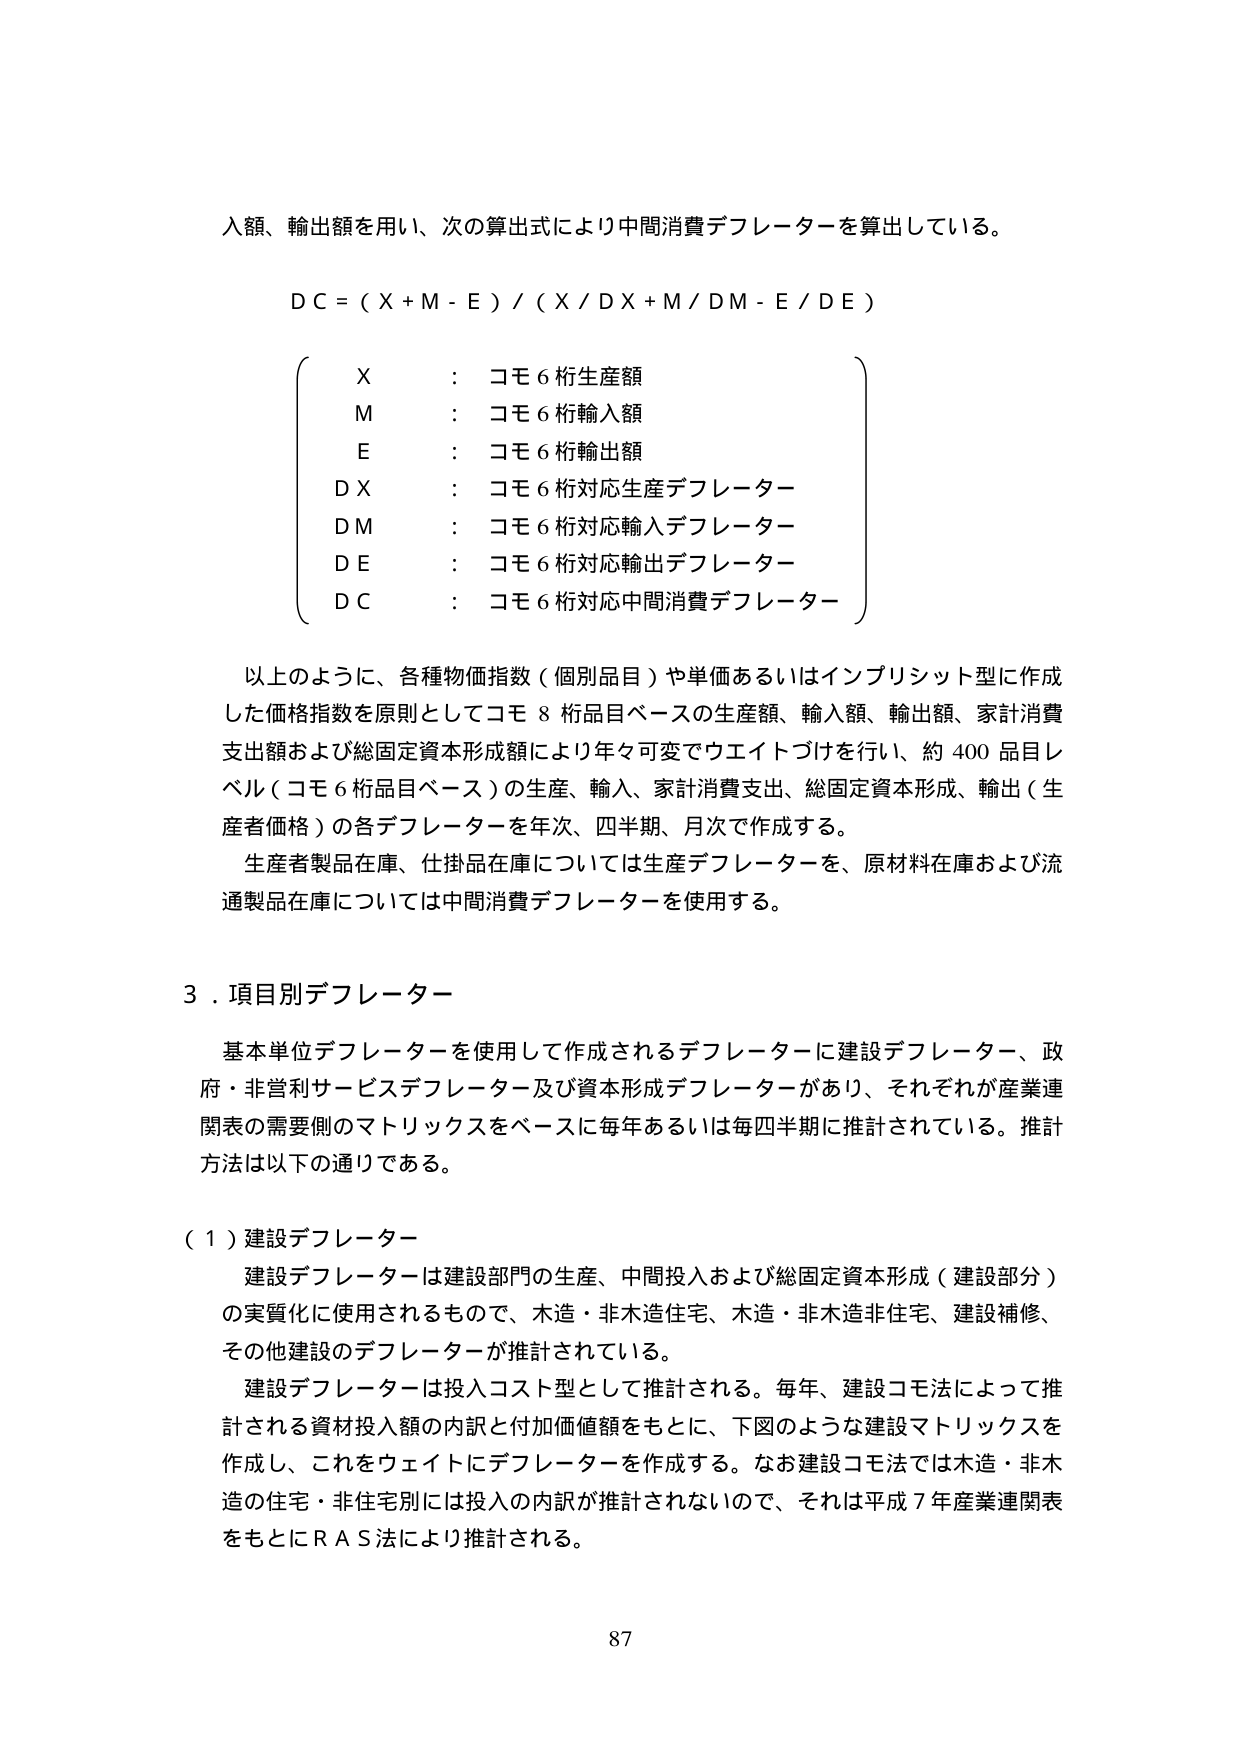
入額、輸出額を用い、次の算出式により中間消費デフレーターを算出している。

ＤＣ＝（Ｘ＋Ｍ－Ｅ）／（Ｘ／ＤＸ＋Ｍ／ＤＭ－Ｅ／ＤＥ）

（
　　Ｘ　：　コモ６桁生産額
　　Ｍ　：　コモ６桁輸入額
　　Ｅ　：　コモ６桁輸出額
　　ＤＸ　：　コモ６桁対応生産デフレーター
　　ＤＭ　：　コモ６桁対応輸入デフレーター
　　ＤＥ　：　コモ６桁対応輸出デフレーター
　　ＤＣ　：　コモ６桁対応中間消費デフレーター
）

以上のように、各種物価指数（個別品目）や単価あるいはインプリシット型に作成した価格指数を原則としてコモ８桁品目ベースの生産額、輸入額、輸出額、家計消費支出額および総固定資本形成額により年々可変でウェイトづけを行い、約400品目レベル（コモ６桁品目ベース）の生産、輸入、家計消費支出、総固定資本形成、輸出（生産者価格）の各デフレーターを年次、四半期、月次で作成する。

生産者製品在庫、仕掛品在庫については生産デフレーターを、原材料在庫および流通製品在庫については中間消費デフレーターを使用する。

３．項目別デフレーター

基本単位デフレーターを使用して作成されるデフレーターに建設デフレーター、政府・非営利サービスデフレーター及び資本形成デフレーターがあり、それぞれが産業連関表の需要側のマトリックスをベースに毎年あるいは毎四半期に推計されている。推計方法は以下の通りである。

（１）建設デフレーター

建設デフレーターは建設部門の生産、中間投入および総固定資本形成（建設部分）の実質化に使用されるもので、木造・非木造住宅、木造・非木造非住宅、建設補修、その他建設のデフレーターが推計されている。

建設デフレーターは投入コスト型として推計される。毎年、建設コモ法によって推計される資材投入額の内訳と付加価値額をもとに、下図のような建設マトリックスを作成し、これをウェイトにデフレーターを作成する。なお建設コモ法では木造・非木造の住宅・非住宅別には投入の内訳が推計されないので、それは平成７年産業連関表をもとにＲＡＳ法により推計される。

87